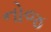
નોજ